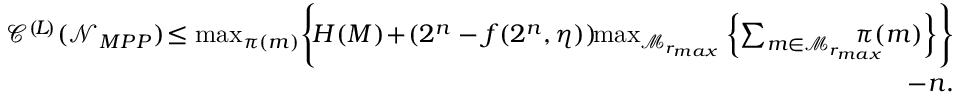
\begin{array} { r } { \mathscr { C } ^ { ( \! L \! ) } ( \mathcal { N } _ { M P P } ) \! \leq \operatorname* { m a x } _ { \pi ( m ) } \Biggl \{ \! H ( M ) \! + \! ( 2 ^ { n } - f ( 2 ^ { n } , \eta ) ) \! \! \operatorname* { m a x } _ { \mathcal { M } _ { r _ { m a x } } } \left\{ \sum _ { m \in \mathcal { M } _ { r _ { m a x } } } \! \! \! \! \! \! \! \! \pi ( m ) \right\} \Biggr \} } \\ { - n . } \end{array}